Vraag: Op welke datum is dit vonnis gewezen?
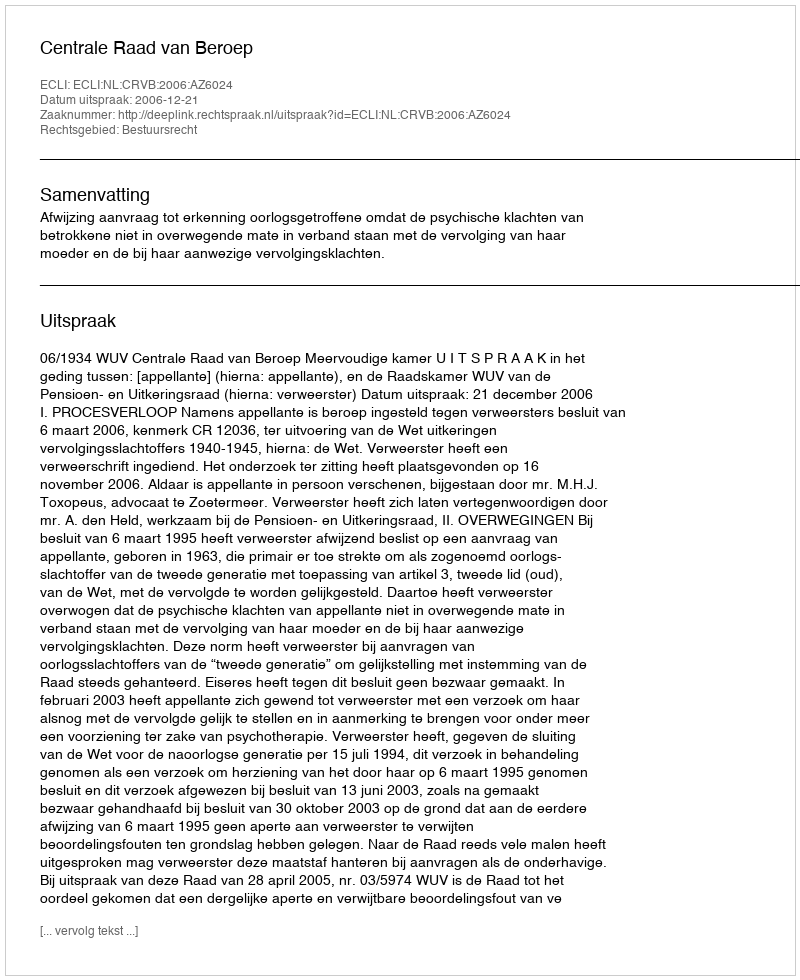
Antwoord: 2006-12-21